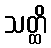
သတ္ထိ